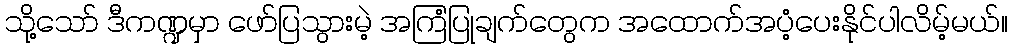
သို့သော် ဒီကဏ္ဍမှာ ဖော်ပြသွားမဲ့ အကြံပြုချက်တွေက အထောက်အပံ့ပေးနိုင်ပါလိမ့်မယ်။